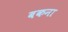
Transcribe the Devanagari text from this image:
बकना